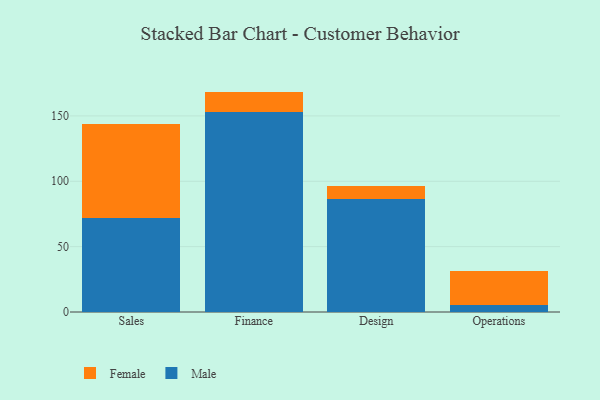
{"axis": {"x": "Department", "y": "Temperature (°C)"}, "legend": ["Female", "Male"], "data": [{"x": "Sales", "y": 72.0, "type": "Male"}, {"x": "Sales", "y": 71.6, "type": "Female"}, {"x": "Finance", "y": 152.8, "type": "Male"}, {"x": "Finance", "y": 15.8, "type": "Female"}, {"x": "Design", "y": 86.3, "type": "Male"}, {"x": "Design", "y": 10.3, "type": "Female"}, {"x": "Operations", "y": 5.0, "type": "Male"}, {"x": "Operations", "y": 26.1, "type": "Female"}]}